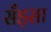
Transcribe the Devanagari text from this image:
सँड़सा